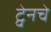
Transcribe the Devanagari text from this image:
ट्वेनचे